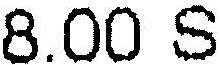
8.00 S